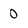
Character: 0